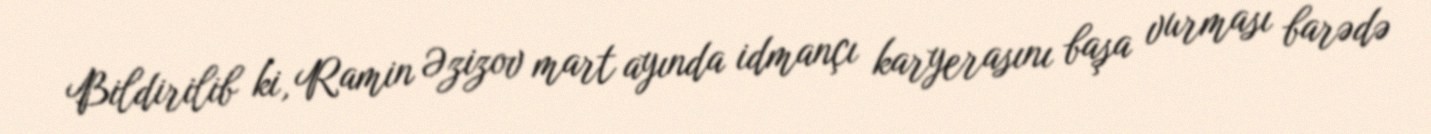
Bildirilib ki, Ramin Əzizov mart ayında idmançı karyerasını başa vurması barədə